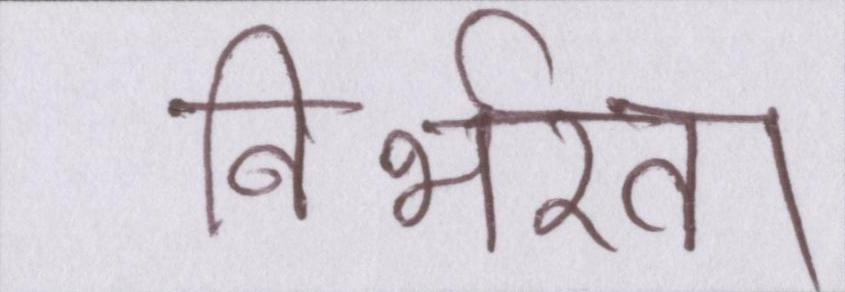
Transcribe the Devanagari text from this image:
निर्भरता